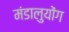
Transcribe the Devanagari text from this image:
मंडालुयोंग